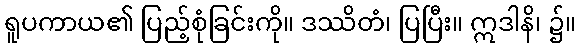
ရူပကာယ၏ ပြည့်စုံခြင်းကို။ ဒဿိတံ၊ ပြပြီး။ ဣဒါနိ၊ ၌။